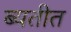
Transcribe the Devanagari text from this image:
ब्यतीत